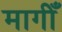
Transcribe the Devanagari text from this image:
मागीँ